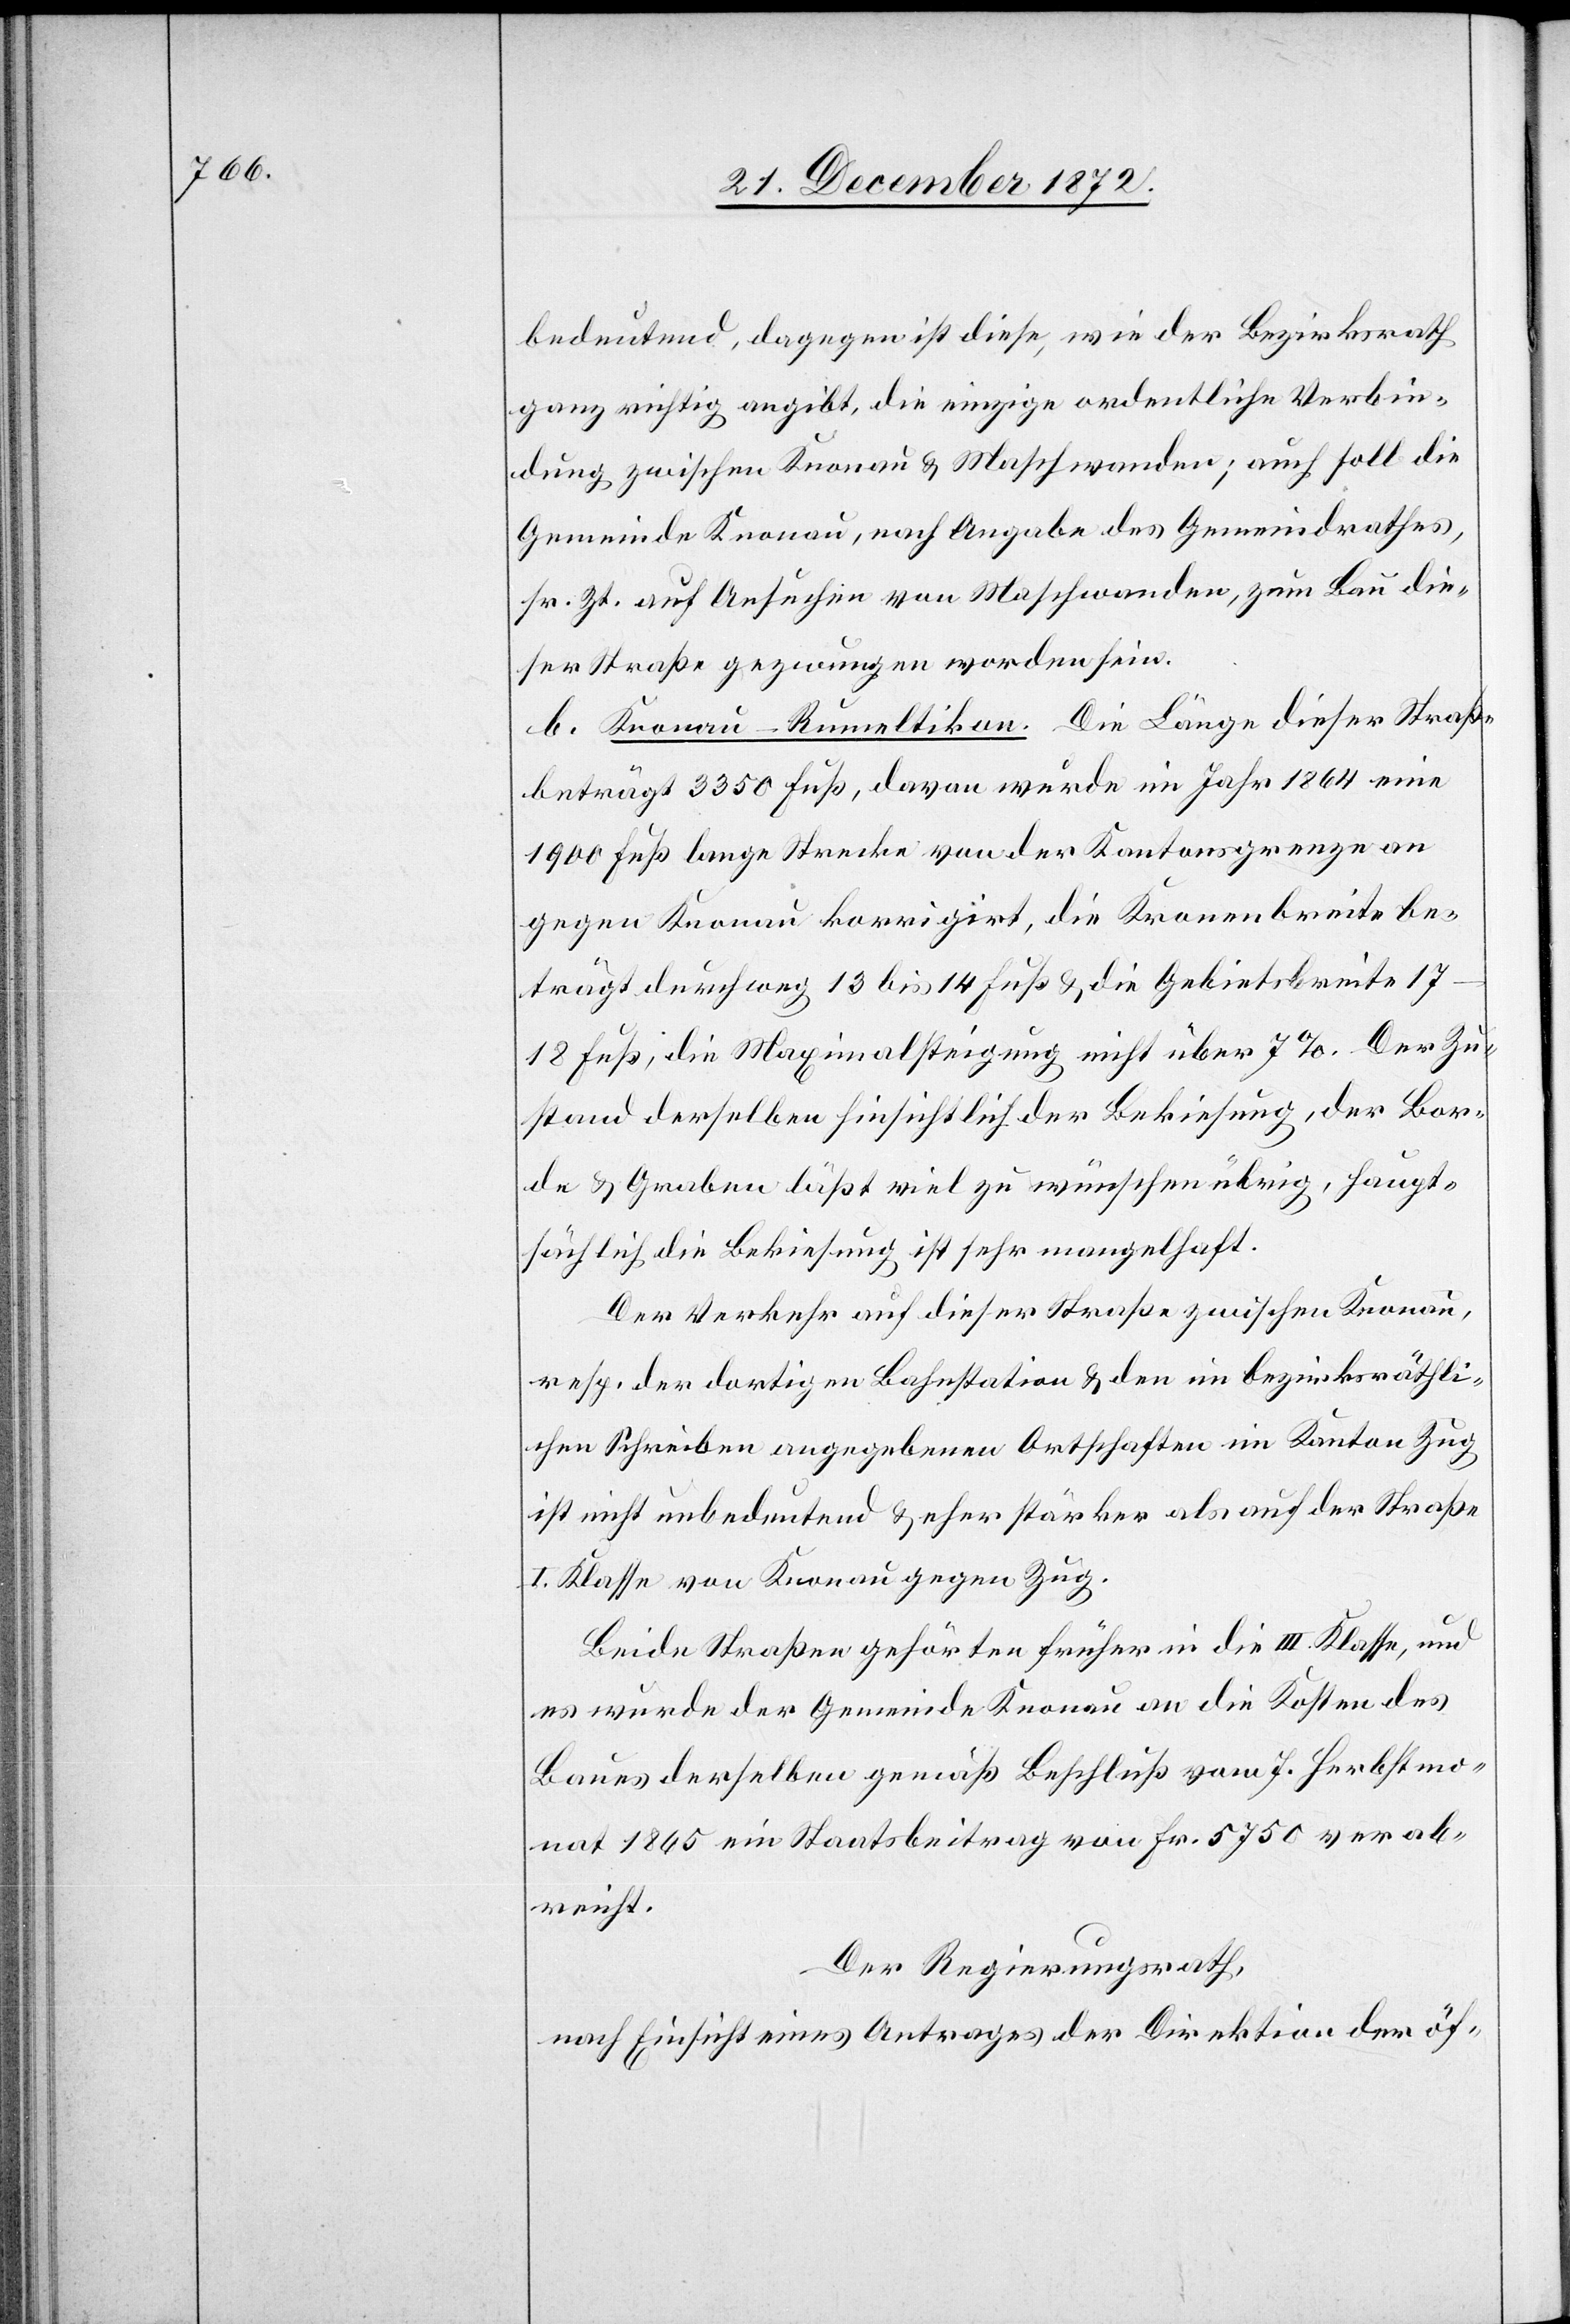
bedeutend, dagegen ist diese, wie der Bezirksrath
ganz richtig angibt, die einzige ordentliche Verbin¬
dung zwischen Knonau u. Maschwanden; auch soll die
Gemeinde Knonau, nach Angabe des Gemeindrathes,
sr. Zt. auf Ansuchen von Maschwanden, zum Bau die¬
ser Straße gezwungen worden sein.
b. Knonau–Rumeltikon. Die Länge dieser Straße
beträgt 3350 Fuß, davon wurde im Jahr 1864 eine
1900 Fuß lange Strecke von der Kantonsgrenze an
gegen Knonau korrigirt, die Kronenbreite be¬
trägt durchweg 13 bis 14 Fuß u. die Gebietsbreite
17–18 Fuß, die Maximalsteigung nicht über 7%. Der Zu¬
stand derselben hinsichtlich der Bekiesung, der Bor¬
de u. Graben läßt viel zu wünschen übrig, haupt¬
sächlich die Bekiesung ist sehr mangelhaft.
Der Verkehr auf dieser Straße zwischen Knonau,
resp. der dortigen Bahnstation u. den im bezirksräthli¬
chen Schreiben angegebenen Ortschaften im Kanton Zug
ist nicht unbedeutend u. eher stärker als auf der Straße
I. Klasse von Knonau gegen Zug.
Beide Straßen gehörten früher in die III. Klasse, und
es wurde der Gemeinde Knonau an die Kosten des
Baues derselben gemäß Beschluß vom 7. Herbstmo¬
nat 1865 ein Staatsbeitrag von Fr. 5750 verab¬
reicht.
Der Regierungsrath,
nach Einsicht eines Antrages der Direktion der öf-